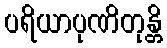
ပရိယာပုဏိတုန္တိ